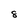
Character: 8